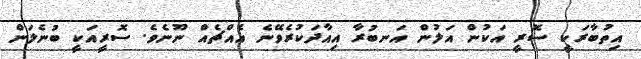
އިތުބާރަކީ ސޮރީ އަކުން އަލުން އަނބުރާ އިއާދަކުރެވޭނެ އެއްޗެއް ނޫނެވެ. ސޮރީއަކީ ބުނެލަން